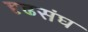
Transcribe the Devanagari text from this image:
दृढसंघ